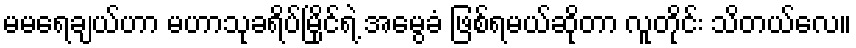
မမရေချယ်ဟာ မဟာသုခရိပ်မြိုင်ရဲ့ အမွေခံ ဖြစ်ရမယ်ဆိုတာ လူတိုင်း သိတယ်လေ။